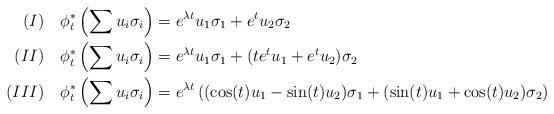
LaTeX: \begin{align*} (I)\quad\phi^*_t \left(\sum u_{i}\sigma_i\right) &= e^{\lambda t}u_1\sigma_1+e^tu_2\sigma_2 \\ (II)\quad\phi^*_t \left(\sum u_{i}\sigma_i\right) &= e^{\lambda t}u_1\sigma_1+(te^tu_1+e^tu_2)\sigma_2 \\ (III)\quad\phi^*_t \left(\sum u_{i}\sigma_i\right) &= e^{\lambda t}\left( (\cos(t)u_1-\sin(t)u_2)\sigma_1+(\sin(t)u_1+\cos(t)u_2)\sigma_2\right)\end{align*}